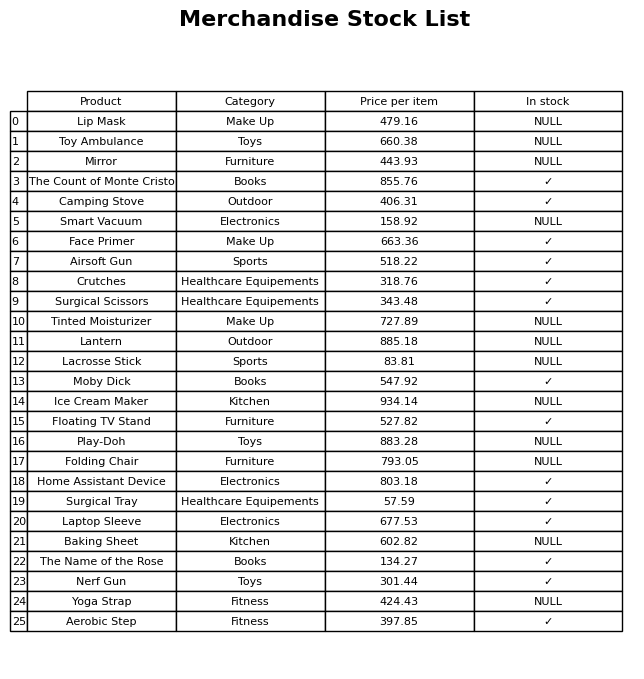
question: What is the price of the Moby Dick?
answer: The price of Moby Dick is 547.92.